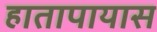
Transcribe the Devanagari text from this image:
हातापायास